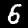
Digit: 6